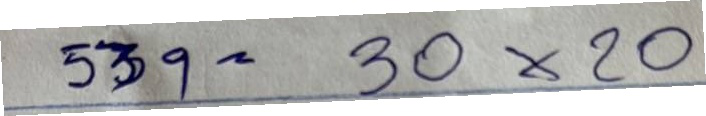
539 = 30x20